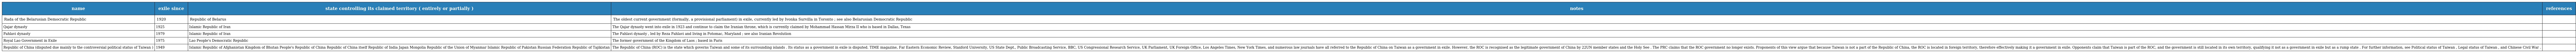
| name | exile since | state controlling its claimed territory ( entirely or partially ) | notes | references |
 | --- | --- | --- | --- | --- |
 | Rada of the Belarusian Democratic Republic | 1920 | Republic of Belarus | The oldest current government (formally, a provisional parliament) in exile, currently led by Ivonka Survilla in Toronto ; see also Belarusian Democratic Republic |  |
 | Qajar dynasty | 1925 | Islamic Republic of Iran | The Qajar dynasty went into exile in 1923 and continue to claim the Iranian throne, which is currently claimed by Mohammad Hassan Mirza II who is based in Dallas, Texas |  |
 | Pahlavi dynasty | 1979 | Islamic Republic of Iran | The Pahlavi dynasty , led by Reza Pahlavi and living in Potomac, Maryland ; see also Iranian Revolution |  |
 | Royal Lao Government in Exile | 1975 | Lao People's Democratic Republic | The former government of the Kingdom of Laos ; based in Paris |  |
 | Republic of China (disputed due mainly to the controversial political status of Taiwan ) | 1949 | Islamic Republic of Afghanistan Kingdom of Bhutan People's Republic of China Republic of China itself Republic of India Japan Mongolia Republic of the Union of Myanmar Islamic Republic of Pakistan Russian Federation Republic of Tajikistan | The Republic of China (ROC) is the state which governs Taiwan and some of its surrounding islands . Its status as a government in exile is disputed. TIME magazine, Far Eastern Economic Review, Stanford University, US State Dept., Public Broadcasting Service, BBC, US Congressional Research Service, UK Parliament, UK Foreign Office, Los Angeles Times, New York Times, and numerous law journals have all referred to the Republic of China on Taiwan as a government in exile. However, the ROC is recognised as the legitimate government of China by 22UN member states and the Holy See . The PRC claims that the ROC government no longer exists. Proponents of this view argue that because Taiwan is not a part of the Republic of China, the ROC is located in foreign territory, therefore effectively making it a government in exile. Opponents claim that Taiwan is part of the ROC, and the government is still located in its own territory, qualifying it not as a government in exile but as a rump state . For further information, see Political status of Taiwan , Legal status of Taiwan , and Chinese Civil War . |  |